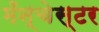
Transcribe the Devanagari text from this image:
मँन्चेस्टर